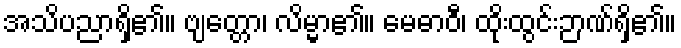
အသိပညာရှိ၏။ ဗျတ္တော၊ လိမ္မာ၏။ မေဓာဝီ၊ ထိုးထွင်းဉာဏ်ရှိ၏။